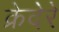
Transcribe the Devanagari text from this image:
क्रेदेरे